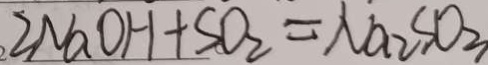
2 N a O H + S O _ { 2 } = N a _ { 2 } S O _ { 3 }